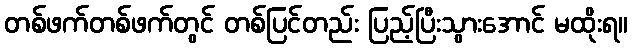
တစ်ဖက်တစ်ဖက်တွင် တစ်ပြင်တည်း ပြည့်ပြီးသွားအောင် မထိုးရ။